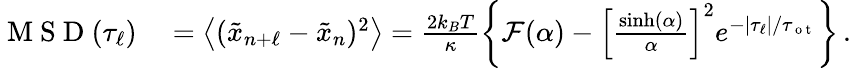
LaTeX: \begin{array}{rl}{\mathrm{~M~S~D~}(\tau_{\ell})}&{{}=\left\langle(\tilde{x}_{n+\ell}-\tilde{x}_{n})^{2}\right\rangle=\frac{2k_{B}T}{\kappa}\left\{ \mathcal{F}(\alpha)-\left[\frac{\sinh(\alpha)}{\alpha}\right]^{2}e^{-|\tau_{\ell}|/\tau_{\mathrm{~o~t~}}}\right\} \, .}\end{array}